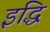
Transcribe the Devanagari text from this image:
इद्धि